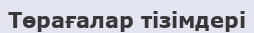
Төрағалар тізімдері